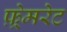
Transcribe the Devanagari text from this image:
फ़्रेमरेट